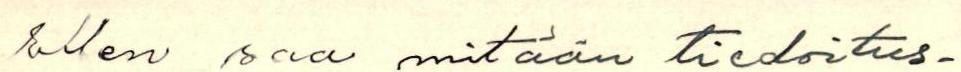
Ellen saa mitään tiedoitus-